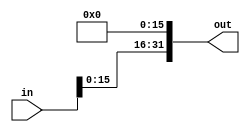

module shift_left16(out, in);
    input [31:0] in;
    output [31:0] out;
    
    assign out [31:16] = in [15:0];
    assign out[15:0] = 0;

endmodule